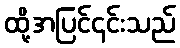
ထို့အပြင်၎င်းသည်